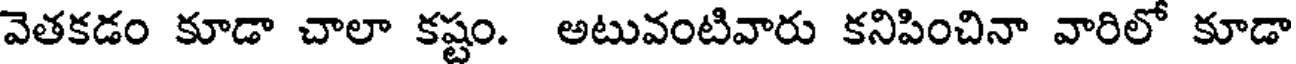
వెతకడం కూడా చాలా కష్టం. అటువంటివారు కనిపించినా వారిలో కూడా